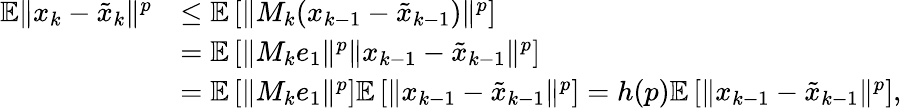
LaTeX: \begin{array}{rl}{\mathbb{E}\Vert x_{k}-\tilde{x}_{k}\Vert^{p}}&{\leq\mathbb{E}\left[\Vert M_{k}(x_{k-1}-\tilde{x}_{k-1})\Vert^{p}\right]}\\ &{=\mathbb{E}\left[\Vert M_{k}e_{1}\Vert^{p}\Vert x_{k-1}-\tilde{x}_{k-1}\Vert^{p}\right]}\\ &{=\mathbb{E}\left[\Vert M_{k}e_{1}\Vert^{p}\right]\mathbb{E}\left[\Vert x_{k-1}-\tilde{x}_{k-1}\Vert^{p}\right]=h(p)\mathbb{E}\left[\Vert x_{k-1}-\tilde{x}_{k-1}\Vert^{p}\right],}\end{array}